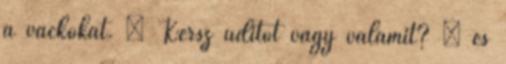
a vackokat. – Kérsz üdítőt vagy valamit? – és